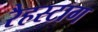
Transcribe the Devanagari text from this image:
रैहस्टाग